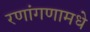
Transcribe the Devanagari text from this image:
रणांगणामधे